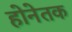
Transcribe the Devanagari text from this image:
होनेतक